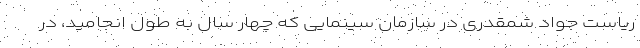
ریاست جواد شمقدری در سازمان سینمایی که چهار سال به طول انجامید، در